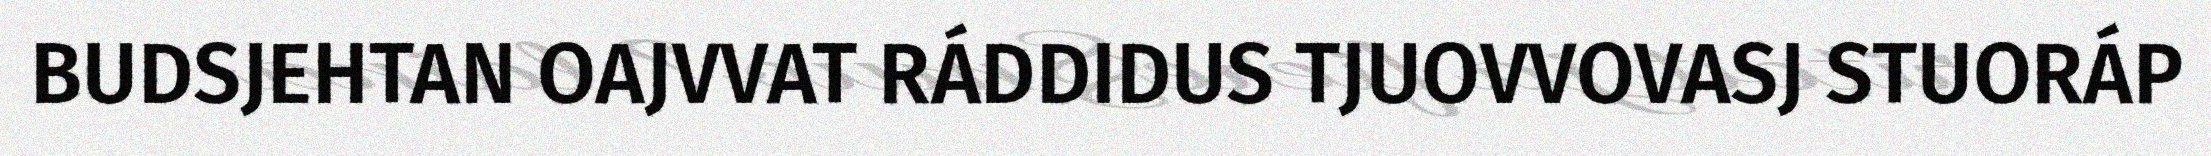
BUDSJEHTAN OAJVVAT RÁDDIDUS TJUOVVOVASJ STUORÁP